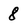
Character: 8